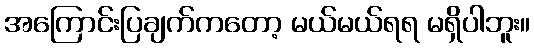
အကြောင်းပြချက်ကတော့ မယ်မယ်ရရ မရှိပါဘူး။